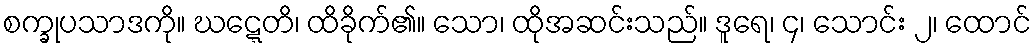
စက္ခုပသာဒကို။ ဃဋ္ဋေတိ၊ ထိခိုက်၏။ သော၊ ထိုအဆင်းသည်။ ဒူရေ၊ ၄၊ သောင်း ၂၊ ထောင်